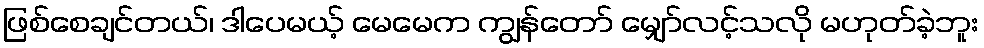
ဖြစ်စေချင်တယ်၊ ဒါပေမယ့် မေမေက ကျွန်တော် မျှော်လင့်သလို မဟုတ်ခဲ့ဘူး